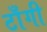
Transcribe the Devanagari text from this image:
टाँगी